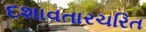
દશાવતારચરિત